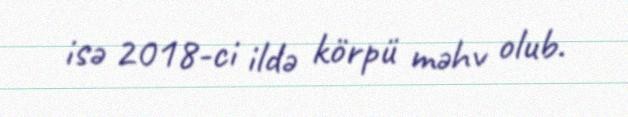
isə 2018-ci ildə körpü məhv olub.